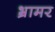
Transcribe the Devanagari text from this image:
भ्रामर